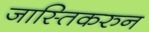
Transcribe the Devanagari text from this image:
जास्तिकरुन